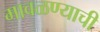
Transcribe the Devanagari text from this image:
मावळण्याची